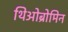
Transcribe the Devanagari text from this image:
थिओब्रोमिन